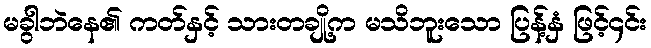
မခွါဘဲနေ၏ ကတ်နှင့် သားတချို့က မသိဘူးသော ပြန့်နှံ ဖြင့်၄င်း